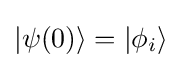
|\psi (0)\rangle =|\phi _{i}\rangle